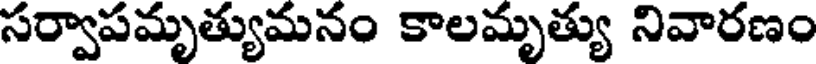
సర్వాపమృత్యుమనం కాలమృత్యు నివారణం